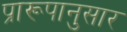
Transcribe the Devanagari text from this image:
प्रारूपानुसार